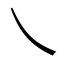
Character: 乀